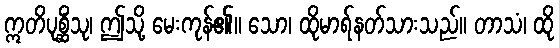
ဣတိပုစ္ဆိံသု၊ ဤသို့ မေးကုန်၏။ သော၊ ထိုမာရ်နတ်သားသည်။ တာသံ၊ ထို